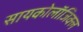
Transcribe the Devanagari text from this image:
सायकोलाॅजिक्ल